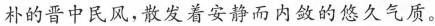
朴的晋中民风，散发着安静而内敛的悠久气质。